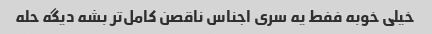
خیلی خوبه ففط یه سری اجناس ناقصن کامل‌تر بشه دیگه حله